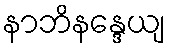
နာဘိနန္ဒေယျ